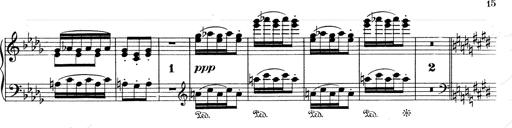
Title: Mephisto Waltz No.1
Composer: Franz Liszt